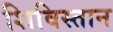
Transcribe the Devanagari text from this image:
शिविस्तान